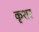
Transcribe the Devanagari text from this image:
कृशर